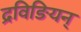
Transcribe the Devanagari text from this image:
द्रविङियन्